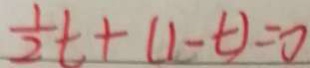
\frac { 1 } { 2 } t + ( 1 - t ) = 0